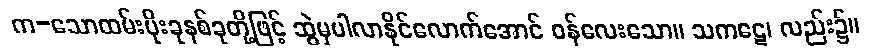
က-သောထမ်းပိုးခုနစ်ခုတို့ဖြင့် ဆွဲမှပါလာနိုင်လောက်အောင် ဝန်လေးသော။ သကဋေ၊ လည်း၌။